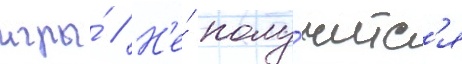
игры́ // Н'е́ полу́читс'я